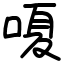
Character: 嗄